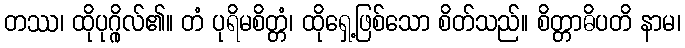
တဿ၊ ထိုပုဂ္ဂိုလ်၏။ တံ ပုရိမစိတ္တံ၊ ထိုရှေ့ဖြစ်သော စိတ်သည်။ စိတ္တာဓိပတိ နာမ၊